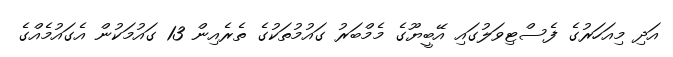
އަދި މިއަހަރުގެ ފެސްޓިވަލުގައި އޭބީޔޫގެ މެމްބަރު ގައުމުތަކުގެ ތެރެއިން 13 ގައުމަކުން އެގައުމެއްގެ